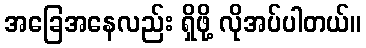
အခြေအနေလည်း ရှိဖို့ လိုအပ်ပါတယ်။